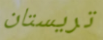
تريستان